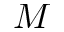
M